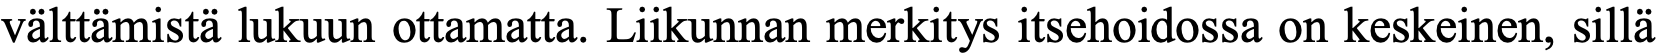
välttämistä lukuun ottamatta. Liikunnan merkitys itsehoidossa on keskeinen, sillä